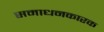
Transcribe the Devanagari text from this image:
समाधनकारक